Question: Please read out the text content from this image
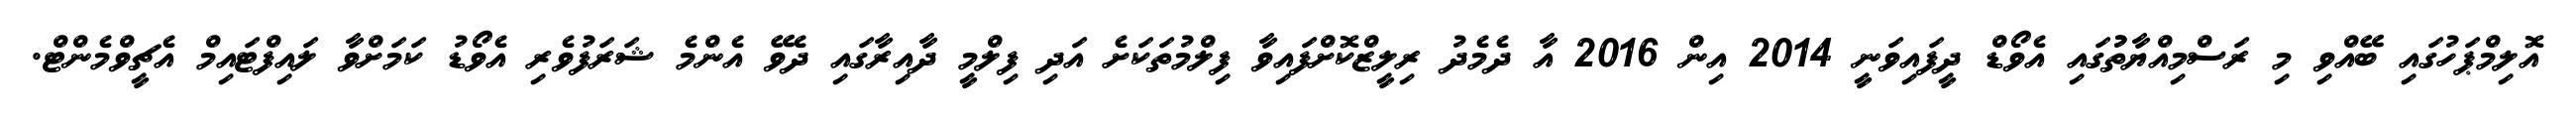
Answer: އޮލިމްޕަހުގައި ބޭއްވި މި ރަސްމިއްޔާތުުގައި އެވޯޑް ދީފައިވަނީ 2014 އިން 2016 އާ ދެމެދު ރިލީޒްކޮށްފައިވާ ފިލްމުތަކަށެ އަދި ފިލްމީ ދާއިރާގައި ދެވޭ އެންމެ ޝަރަފުވެރި އެވޯޑު ކަމަށްވާ ލައިފްޓައިމް އެޗީވްމެންޓް.